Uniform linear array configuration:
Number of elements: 16
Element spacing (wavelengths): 0.75
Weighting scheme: binomial
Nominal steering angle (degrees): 15
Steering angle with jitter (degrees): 13.118
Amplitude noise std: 0.05
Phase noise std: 0.05

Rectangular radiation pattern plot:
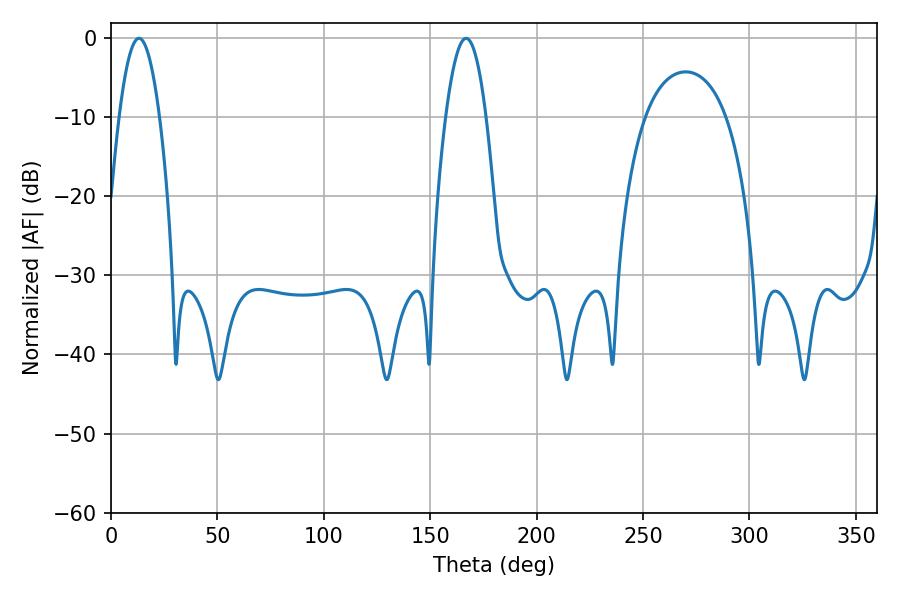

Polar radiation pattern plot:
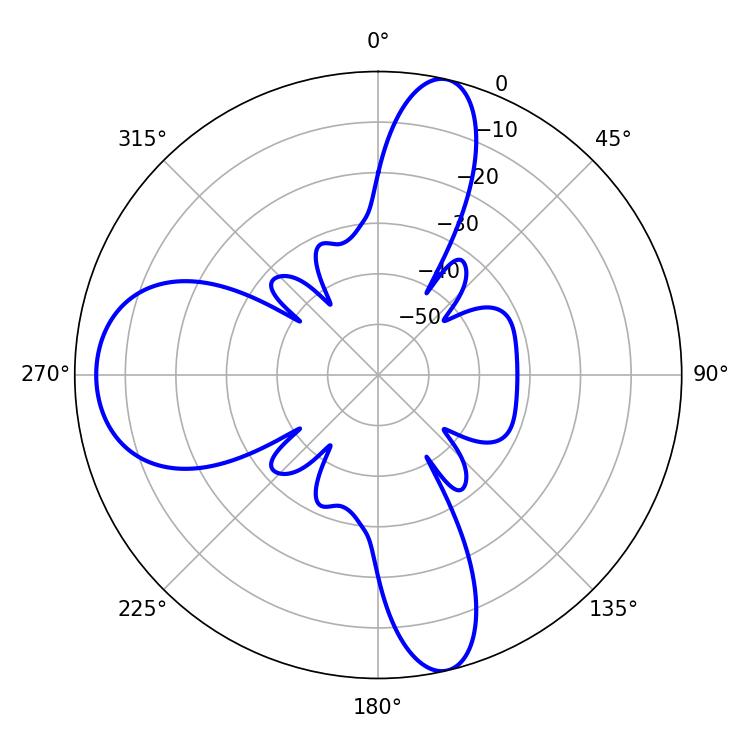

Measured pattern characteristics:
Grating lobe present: TRUE
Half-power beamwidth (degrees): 10.44
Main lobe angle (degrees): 13.14